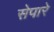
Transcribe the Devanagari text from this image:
सेपारे